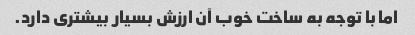
اما با توجه به ساخت خوب آن ارزش بسیار بیشتری دارد.